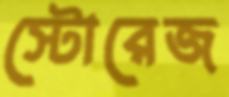
স্টোরেজ